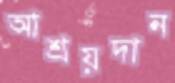
আশ্রয়দান